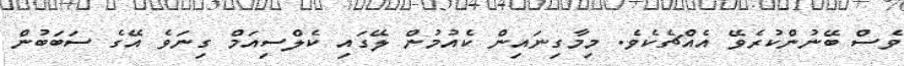
ވެސް ބޭނުންކުރެވޭ އެއްޗެކެވެ. މިމާގިނައިން ކެއުމުން ލޭގައި ކެލްސިއަމް ގިނަވެ އޭގެ ސަބަބުން